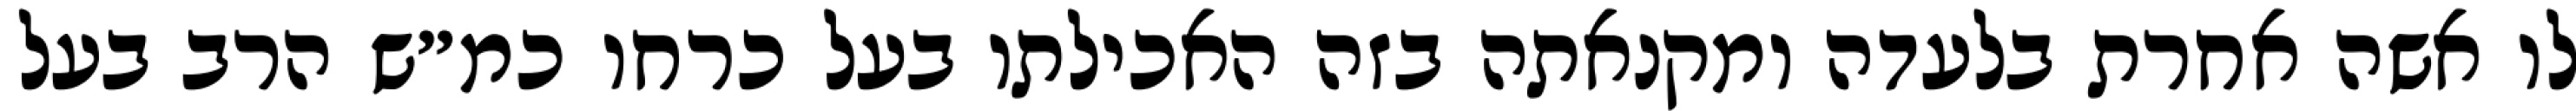
לו אשה אחרת בלעדה ומקנאתה בזה האכילתו בעל כרחו כמ״ש הרב בעל